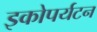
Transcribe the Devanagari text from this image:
इकोपर्यटन